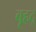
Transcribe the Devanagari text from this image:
बृहद्‌